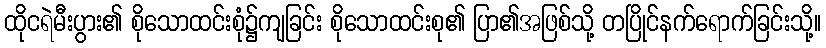
ထိုငရဲမီးပွား၏ စိုသောထင်းစုံ၌ကျခြင်း စိုသောထင်းစု၏ ပြာ၏အဖြစ်သို့ တပြိုင်နက်ရောက်ခြင်းသို့။